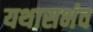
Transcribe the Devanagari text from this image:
यथासभंव